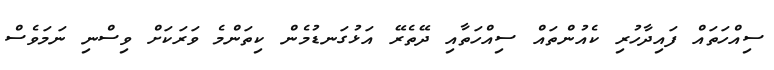
ސިއްހަތައް ފައިދާހުރި ކެއުންތައް ސިއްހަތާއި ދޭތެރޭ އަޅުގަނޑުމެން ކިތަންމެ ވަރަކަށް ވިސްނި ނަމަވެސް